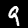
Digit: 9